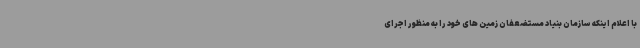
با اعلام اینکه سازمان بنیاد مستضعفان زمین های خود را به منظور اجرای